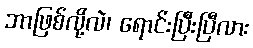
ဘာဖြစ်လို့လဲ၊ ရောင်းပြီးပြီလား